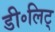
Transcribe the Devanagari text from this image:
डी॰लिट्